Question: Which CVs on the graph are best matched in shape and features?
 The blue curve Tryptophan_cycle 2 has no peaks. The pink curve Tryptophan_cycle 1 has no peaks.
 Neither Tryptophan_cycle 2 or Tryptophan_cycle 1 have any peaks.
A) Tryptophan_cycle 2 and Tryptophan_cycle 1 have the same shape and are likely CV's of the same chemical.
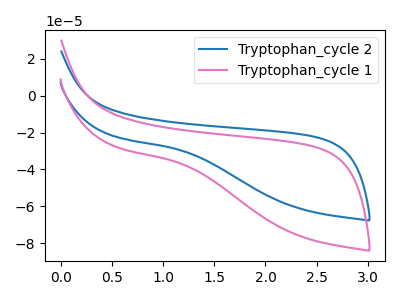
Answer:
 <answer>A) "Tryptophan_cycle 2" and "Tryptophan_cycle 1" have the same shape and are likely CV's of the same chemical.</answer>
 <eval>A</eval>